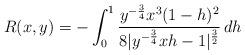
LaTeX: \begin{align*}R(x,y)=-\int_0^1\frac{y^{-\frac{3}{4}}x^3(1-h)^2}{8|y^{-\frac{3}{4}}xh-1|^{\frac{3}{2}}}\,dh\end{align*}